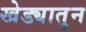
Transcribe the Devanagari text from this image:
खेड्यातुन